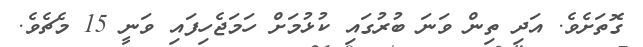
ގޮތަށެވެ. އަދި ތިން ވަނަ ބުރުގައި ކުޅުމަށް ހަމަޖެހިފައި ވަނީ 15 މެޗެވެ.